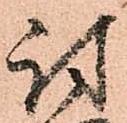
討